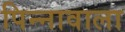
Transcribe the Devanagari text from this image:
पिन्नावाला